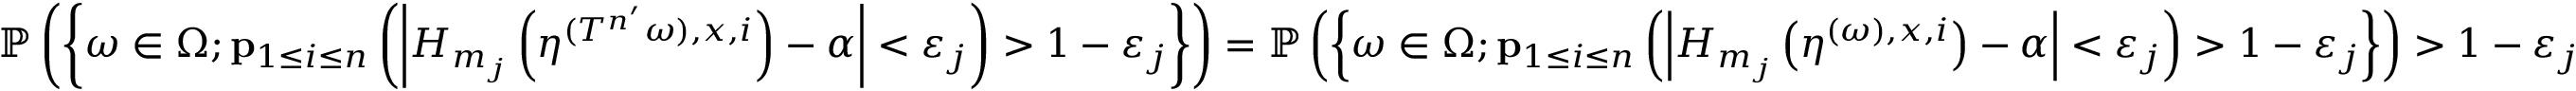
\mathbb P \left( \left\{ \omega \in \Omega ; { \bf p } _ { 1 \leq i \leq n } \left( \left| H _ { m _ { j } } \left( \eta ^ { ( T ^ { n ^ { \prime } } \omega ) , x , i } \right) - \alpha \right| < \varepsilon _ { j } \right) > 1 - \varepsilon _ { j } \right\} \right) = \mathbb P \left( \left\{ \omega \in \Omega ; { \bf p } _ { 1 \leq i \leq n } \left( \left| H _ { m _ { j } } \left( \eta ^ { ( \omega ) , x , i } \right) - \alpha \right| < \varepsilon _ { j } \right) > 1 - \varepsilon _ { j } \right\} \right) > 1 - \varepsilon _ { j }